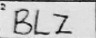
Transcription: BLZ